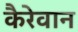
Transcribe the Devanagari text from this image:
कैरेवान